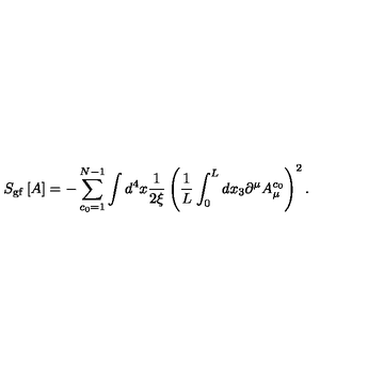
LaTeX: S _ { \mathrm { g f } } \left[ A \right] = - \sum _ { c _ { 0 } = 1 } ^ { N - 1 } \int d ^ { 4 } x \frac { 1 } { 2 \xi } \left( \frac { 1 } { L } \int _ { 0 } ^ { L } d x _ { 3 } \partial ^ { \mu } A _ { \mu } ^ { c _ { 0 } } \right) ^ { 2 } .